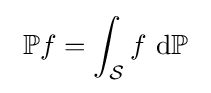
\ \mathbb {P} f=\int _{\mathcal {S}}f\ \mathrm {d} \mathbb {P} \